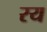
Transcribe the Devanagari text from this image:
रय